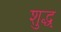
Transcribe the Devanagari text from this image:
शुद्ध्